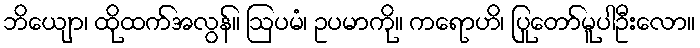
ဘိယျော၊ ထိုထက်အလွန်။ ဩပမံ၊ ဥပမာကို။ ကရောဟိ၊ ပြုတော်မူပါဦးလော။